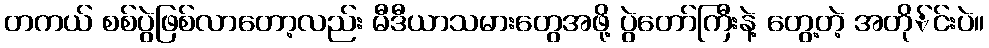
တကယ် စစ်ပွဲဖြစ်လာတော့လည်း မီဒီယာသမားတွေအဖို့ ပွဲတော်ကြီးနဲ့ တွေ့တဲ့ အတို်င်းပဲ။